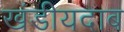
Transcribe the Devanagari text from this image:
खंडीयदाब